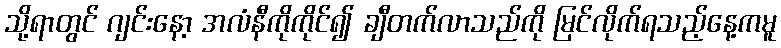
သို့ရာတွင် ဂျင်းနော့ အလံနီကိုကိုင်၍ ချီတက်လာသည်ကို မြင်လိုက်ရသည့်နေ့ကမူ